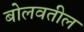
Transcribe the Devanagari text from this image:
बोलवतील